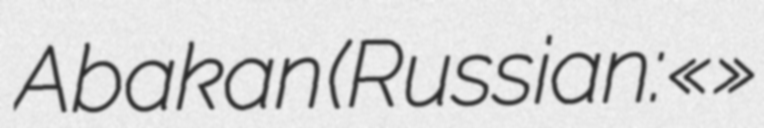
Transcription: Abakan (Russian: «Реформация»